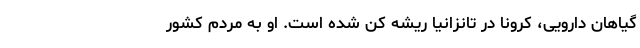
گیاهان دارویی، کرونا در تانزانیا ریشه کن شده است. او به مردم کشور